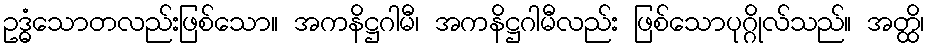
ဥဒ္ဓံသောတလည်းဖြစ်သော။ အကနိဋ္ဌဂါမီ၊ အကနိဋ္ဌဂါမီလည်း ဖြစ်သောပုဂ္ဂိုလ်သည်။ အတ္ထိ၊